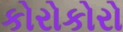
કોરોકોરો